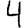
Digit: 4